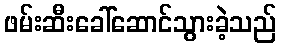
ဖမ်းဆီးခေါ်ဆောင်သွားခဲ့သည်